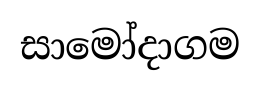
සාමෝදාගම